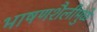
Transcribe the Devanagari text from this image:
भाषणशैलीमुळे